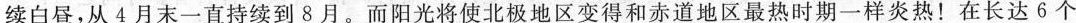
续白昼，从4月末一直持续到8月，而阳光将使北极地区变得和赤道地区最热时期一样炎热！在长达6个